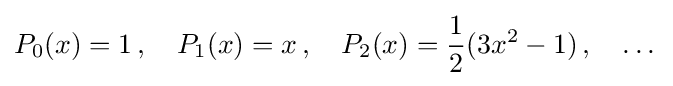
P_{0}(x)=1\,,\quad P_{1}(x)=x\,,\quad P_{2}(x)={\frac {1}{2}}(3x^{2}-1)\,,\quad \dots